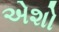
એશો